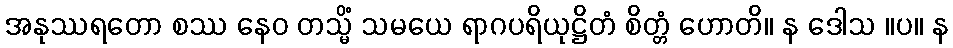
အနုဿရတော စဿ နေဝ တသ္မိံ သမယေ ရာဂပရိယုဋ္ဌိတံ စိတ္တံ ဟောတိ။ န ဒေါသ ။ပ။ န